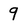
Character: 9